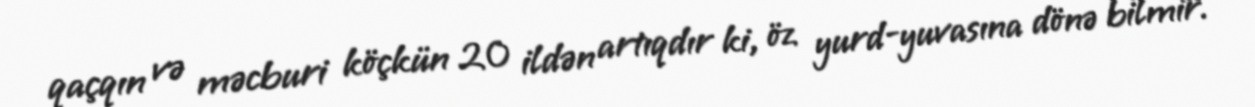
qaçqın və məcburi köçkün 20 ildən artıqdır ki, öz yurd-yuvasına dönə bilmir.